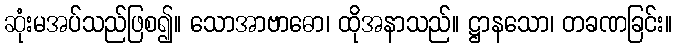
ဆုံးမအပ်သည်ဖြစ၍။ သောအာဗာဓော၊ ထိုအနာသည်။ ဋ္ဌာနသော၊ တခဏခြင်း။